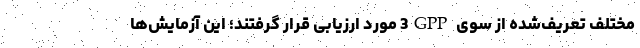
مختلف تعریف‌شده از سوی 3GPP مورد ارزیابی قرار گرفتند؛ این آزمایش‌ها